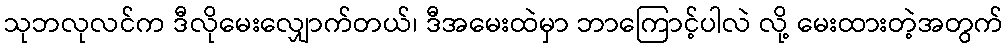
သုဘလုလင်က ဒီလိုမေးလျှောက်တယ်၊ ဒီအမေးထဲမှာ ဘာကြောင့်ပါလဲ လို့ မေးထားတဲ့အတွက်